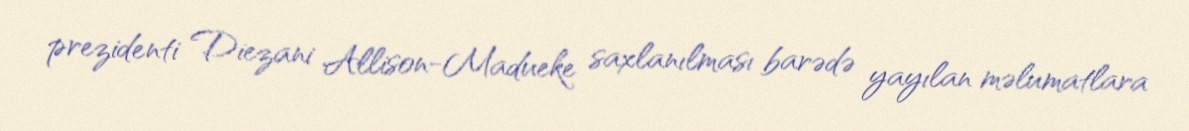
prezidenti Diezani Allison-Madueke saxlanılması barədə yayılan məlumatlara